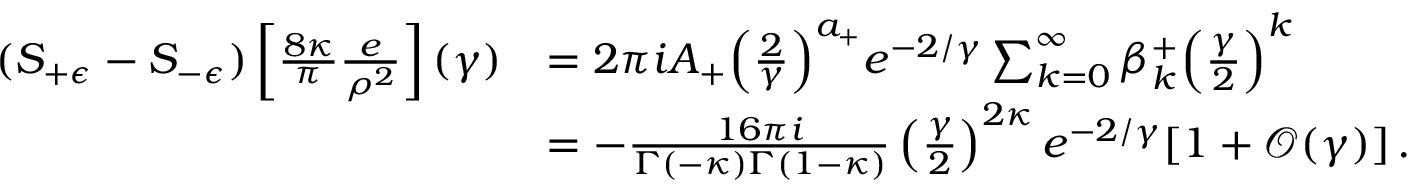
\begin{array} { r l } { ( S _ { + \epsilon } - S _ { - \epsilon } ) \left[ \frac { 8 \kappa } { \pi } \frac { e } { \rho ^ { 2 } } \right] ( \gamma ) } & { = 2 \pi i A _ { + } \Big ( \frac { 2 } { \gamma } \Big ) ^ { a _ { + } } e ^ { - 2 / \gamma } \sum _ { k = 0 } ^ { \infty } \beta _ { k } ^ { + } \Big ( \frac { \gamma } { 2 } \Big ) ^ { k } } \\ & { = - \frac { 1 6 \pi i } { \Gamma ( - \kappa ) \Gamma ( 1 - \kappa ) } \left( \frac { \gamma } { 2 } \right) ^ { 2 \kappa } e ^ { - 2 / \gamma } [ 1 + \mathcal { O } ( \gamma ) ] \, . } \end{array}